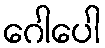
ဂေါပေါ